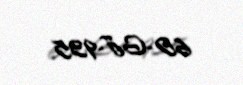
60-GJ-935